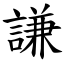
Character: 謙